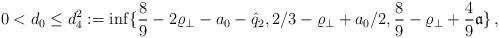
LaTeX: \begin{align*} 0 < d_0 \leq d_4^2:=\inf \{ \frac 89-2\varrho_\perp- a_0 -\hat{q}_2, 2/3-\varrho_\perp+a_0/2, \frac 89 -\varrho_\perp+\frac 49 {\mathfrak a} \}\,,\end{align*}